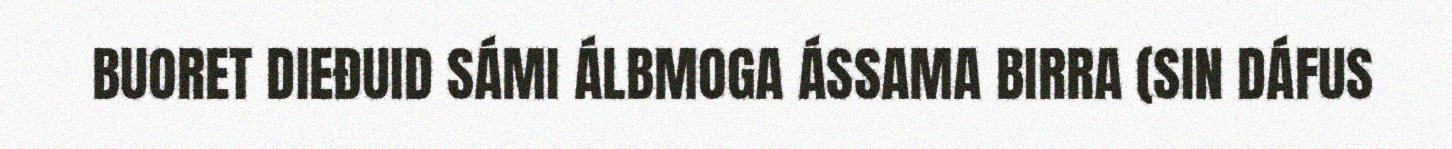
BUORET DIEĐUID SÁMI ÁLBMOGA ÁSSAMA BIRRA (SIN DÁFUS